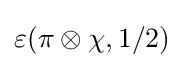
\varepsilon (\pi \otimes \chi ,1/2)